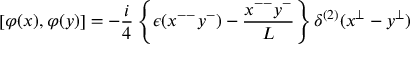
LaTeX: \left[ \varphi ( x ) , \varphi ( y ) \right] = - { \frac { i } { 4 } } \left\{ \epsilon ( x ^ { -- } y ^ { - } ) - { \frac { x ^ { -- } y ^ { - } } { L } } \right\} \delta ^ { ( 2 ) } ( x ^ { \bot } - y ^ { \bot } ) \quad